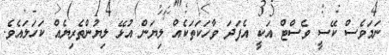
ނަމަވެސް ކޭސީ ވެސްޓް އަކީ އެފަދަ ވާހަކަތަކެއް ލިޔަން އުޅޭ ލިޔުންތެރިޔެއް ކަހަލައެވެ.